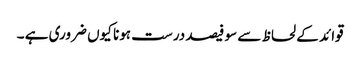
قوائد کے لحاظ سے سو فیصد درست ہونا کیوں ضروری ہے ۔